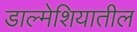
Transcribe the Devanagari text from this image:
डाल्मेशियातील